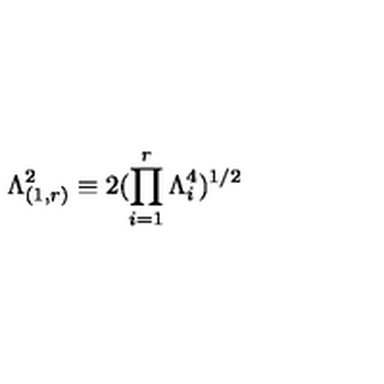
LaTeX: \Lambda _ { ( 1 , r ) } ^ { 2 } \equiv 2 ( \prod _ { i = 1 } ^ { r } \Lambda _ { i } ^ { 4 } ) ^ { 1 / 2 }